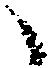
々